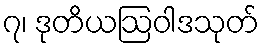
၇၊ ဒုတိယဩဝါဒသုတ်